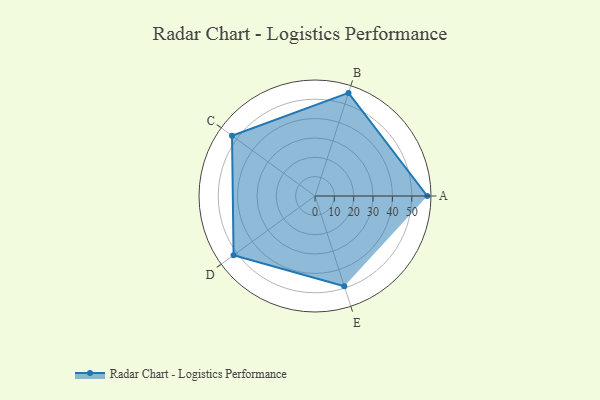
{"axis": {"x": "Skill", "y": "Score"}, "legend": ["Profile"], "data": [{"x": "A", "y": 58.0, "type": "Profile"}, {"x": "B", "y": 56.0, "type": "Profile"}, {"x": "C", "y": 53.0, "type": "Profile"}, {"x": "D", "y": 52.0, "type": "Profile"}, {"x": "E", "y": 49.0, "type": "Profile"}]}